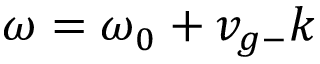
\omega = \omega _ { 0 } + v _ { g - } k